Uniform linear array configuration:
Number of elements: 24
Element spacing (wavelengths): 1
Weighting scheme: hamming
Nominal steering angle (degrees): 15
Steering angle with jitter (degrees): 16.762
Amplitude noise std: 0.05
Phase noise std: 0.05

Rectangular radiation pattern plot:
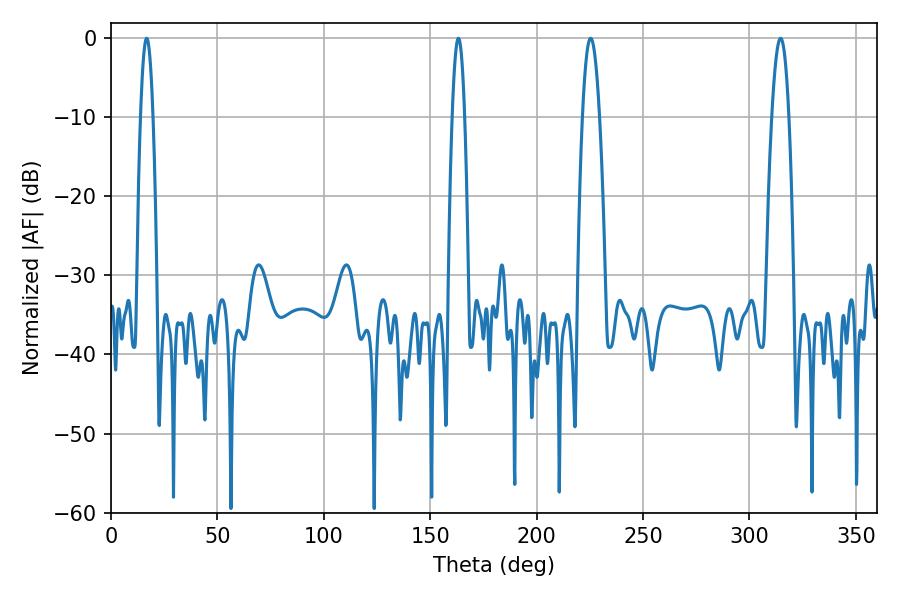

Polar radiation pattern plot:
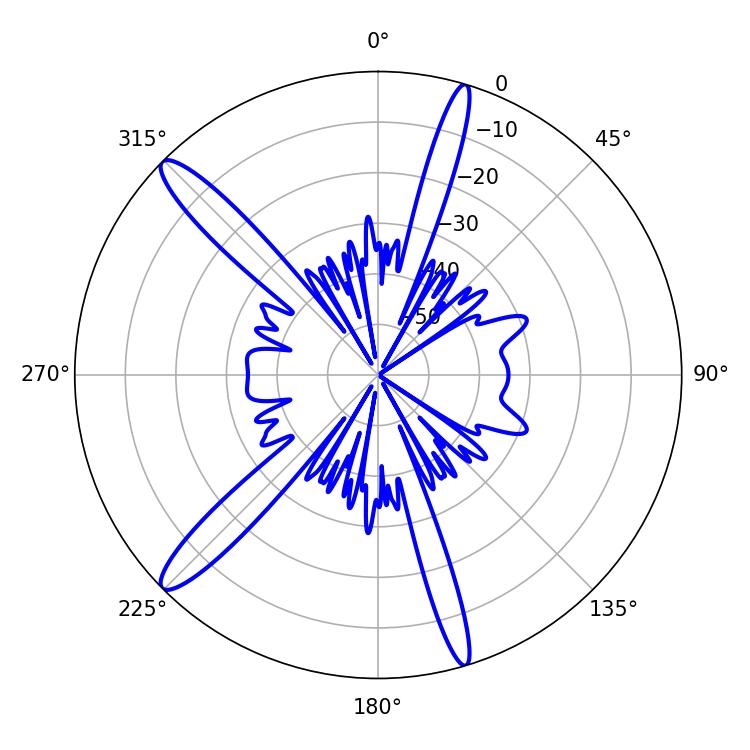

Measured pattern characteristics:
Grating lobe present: TRUE
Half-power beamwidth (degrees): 4.32
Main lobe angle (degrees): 225.36